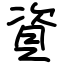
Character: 資